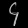
Digit: ၄